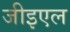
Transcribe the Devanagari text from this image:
जीइएल